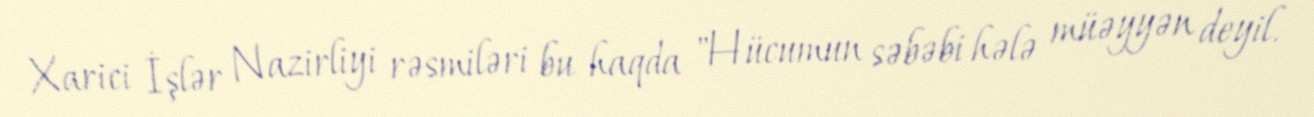
Xarici İşlər Nazirliyi rəsmiləri bu haqda "Hücumun səbəbi hələ müəyyən deyil.